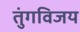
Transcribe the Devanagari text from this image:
तुंगविजय